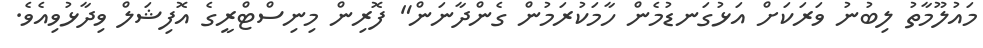
މައުލޫމާތު ލިބުނު ވަރަކަށް އަޅުގަނޑުމެން ހާމަކުރަމުން ގެންދާނަން" ފޮރިން މިނިސްޓްރީގެ އޮފިޝަލް ވިދާޅުވިއެވެ.